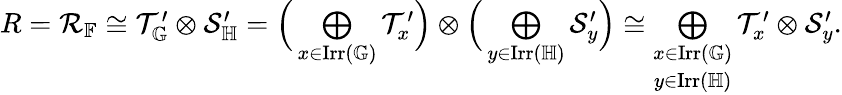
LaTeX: \begin{array}{r}{R=\mathcal{R}_{\mathbb{F}}\cong\mathcal{T}_{\mathbb{G}}^{\prime}\otimes\mathcal{S}_{\mathbb{H}}^{\prime}=\Big(\underset{x\in\mathrm{Irr}(\mathbb{G})}{\bigoplus}\mathcal{T}_{x}^{\prime}\Big)\otimes\Big(\underset{y\in\mathrm{Irr}(\mathbb{H})}{\bigoplus}\mathcal{S}_{y}^{\prime}\Big)\cong\underset{y\in\mathrm{Irr}(\mathbb{H})}{\underset{x\in\mathrm{Irr}(\mathbb{G})}{\bigoplus}}\mathcal{T}_{x}^{\prime}\otimes\mathcal{S}_{y}^{\prime}.}\end{array}